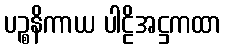
ပဉ္စနိကာယ ပါဠိအဋ္ဌကထာ